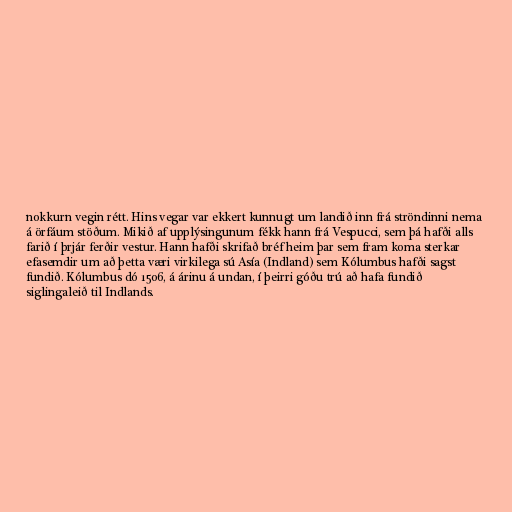
nokkurn vegin rétt. Hins vegar var ekkert kunnugt um landið inn frá ströndinni nema
á örfáum stöðum. Mikið af upplýsingunum fékk hann frá Vespucci, sem þá hafði alls
farið í þrjár ferðir vestur. Hann hafði skrifað bréf heim þar sem fram koma sterkar
efasemdir um að þetta væri virkilega sú Asía (Indland) sem Kólumbus hafði sagst
fundið. Kólumbus dó 1506, á árinu á undan, í þeirri góðu trú að hafa fundið
siglingaleið til Indlands.